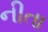
નીતા